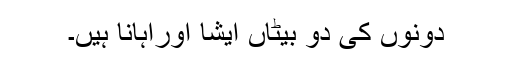
دونوں کی دو بیٹاں ایشا اوراہانا ہیں۔